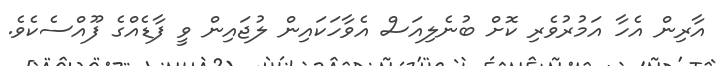
އާރިން އެހާ އަމުރުވެރި ކޮށް ބުނެލިއަސް އެވާހަކައިން ލުޖައިން ވީ ފާޑެއްގެ ފޫއްސެކެވެ.